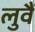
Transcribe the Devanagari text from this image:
लुवैं